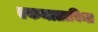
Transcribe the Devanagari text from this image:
एकमाताविना